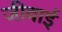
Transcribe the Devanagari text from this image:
जीवाई